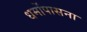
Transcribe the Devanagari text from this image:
धर्मोंपासना